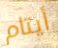
أيتام